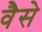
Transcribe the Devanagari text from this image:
वैेसे